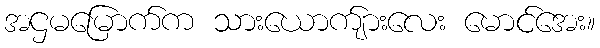
အဌမမြောက်က သားယောက်ျားလေး မောင်အေး။